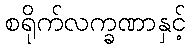
စရိုက်လက္ခဏာနှင့်